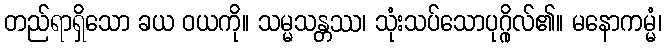
တည်ရာရှိသော ခယ ဝယကို။ သမ္မသန္တဿ၊ သုံးသပ်သောပုဂ္ဂိုလ်၏။ မနောကမ္မံ၊